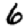
Digit: 6